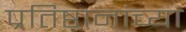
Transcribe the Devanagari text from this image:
प्रतिष्ठानांच्या